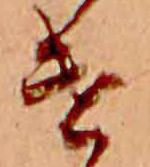
け